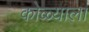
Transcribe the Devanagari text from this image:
कोळ्याला